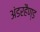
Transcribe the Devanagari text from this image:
अंडरहैण्ड